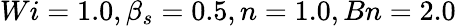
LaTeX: Wi=1.0,\beta_{s}=0.5,n=1.0,Bn=2.0